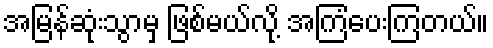
အမြန်ဆုံးသွာမှ ဖြစ်မယ်လို့ အကြံပေးကြတယ်။